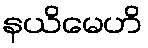
နယိမေဟိ